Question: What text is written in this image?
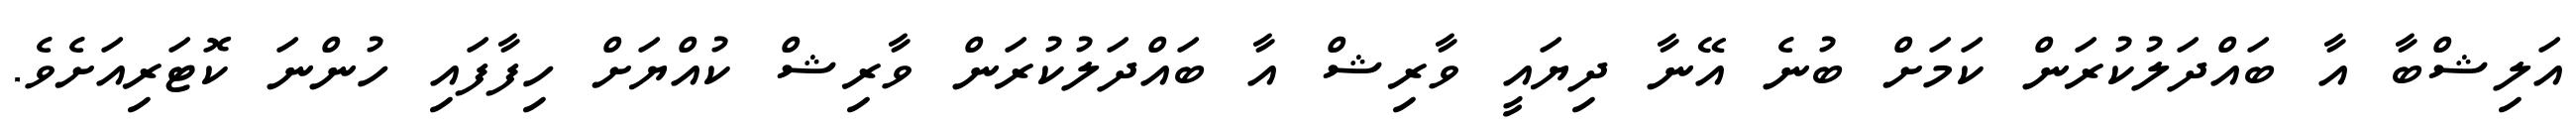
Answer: އަލިޝްބާ އާ ބައްދަލުކުރަން ކަމަށް ބުނެ އޭނާ ދިޔައީ ވާރިޝް އާ ބައްދަލުކުރަން ވާރިޝް ކުއްޔަށް ހިފާފައި ހުންނަ ކޮޓަރިއަށެވެ.